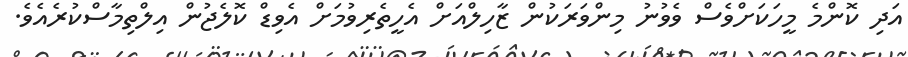
އަދި ކޮންމެ މީހަކަށްވެސް ވެވުނު މިންވަރަކުން ޒާހިލްއަށް އެހީތެރިވުމަށް އެވިޑް ކޮލެޖުން އިލްތިމާސްކުރެއެވެ.